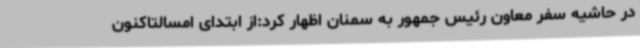
در حاشیه سفر معاون رئیس جمهور به سمنان اظهار کرد:از ابتدای امسالتاکنون